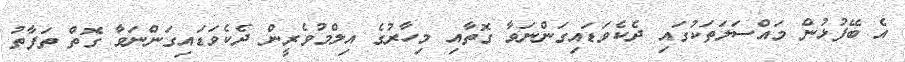
އެ ބޭފުޅުން މައްސަލަތަކުގައި ދެކެވަޑައިގަންނަވާ ގޮތާއި މިހާރުގެ އިލްމުވެރީން ދެކެވަޑައިގަންނަވާ ގޮތް ތަފާތު